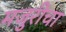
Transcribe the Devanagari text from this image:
मजुरीचा